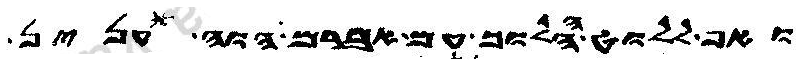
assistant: ואף ללוט ההלוך עם אברם הוה ענין